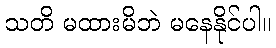
သတိ မထားမိဘဲ မနေနိုင်ပါ။